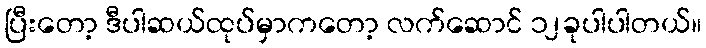
ပြီးတော့ ဒီပါဆယ်ထုပ်မှာကတော့ လက်ဆောင် ၁၂ခုပါပါတယ်။